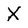
Character: X